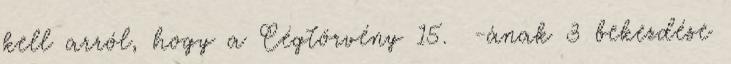
kell arról, hogy a Cégtörvény 15. §-ának 3 bekezdése